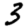
Digit: 3